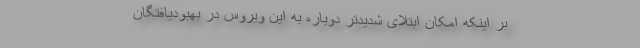
بر اینکه امکان ابتلای شدیدتر دوباره به این ویروس در بهبودیافتگان